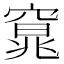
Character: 𮄍